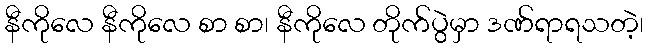
နီကိုလေ နီကိုလေ စာ စာ၊ နီကိုလေ တိုက်ပွဲမှာ ဒဏ်ရာရသတဲ့၊